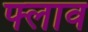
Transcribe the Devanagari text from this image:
फ्लाव